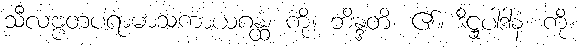
သီလဗ္ဗတပရာမာသကာယဂန္ထံ၊ ကို။ ဘိန္ဒတိ၊ ၏။ ဒိဋ္ဌုပါဒါနံ၊ ကို။